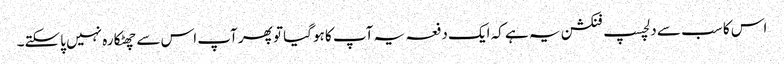
اس کا سب سے دلچسپ فنکشن یہ ہے کہ ایک دفعہ یہ آپ کا ہوگیا تو پھر آپ اس سے چھٹکارہ نہیں پاسکتے۔